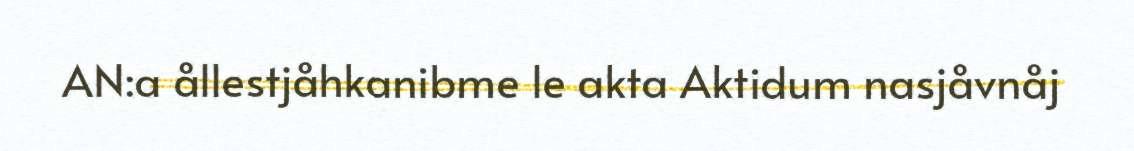
AN:a ållestjåhkanibme le akta Aktidum nasjåvnåj